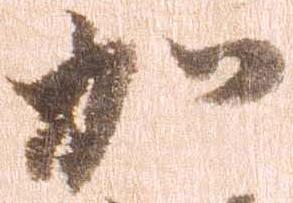
加